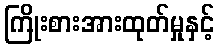
ကြိုးစားအားထုတ်မှုနှင့်